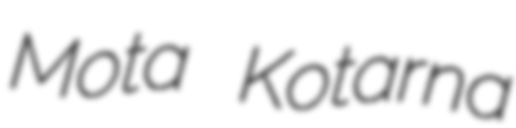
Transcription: Mota Kotarna